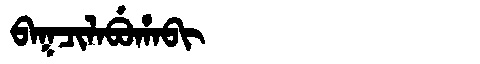
Manchu: ᠪᠠᡴᠴᡳᠯᠠᠪᡠᡥᠠᠪᡳ
Romanization: BAKCILABUHABI